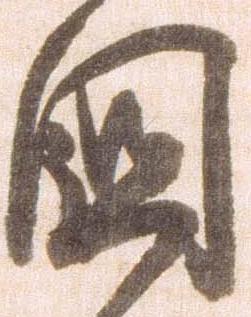
国